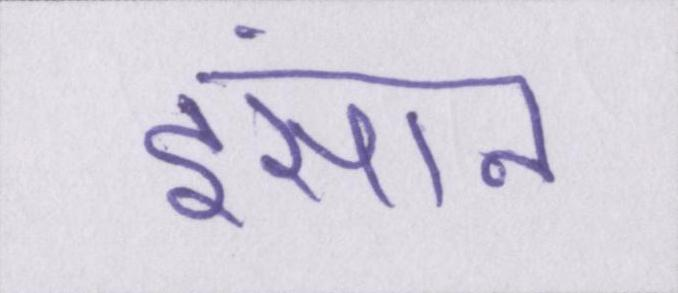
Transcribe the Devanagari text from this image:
इंसान